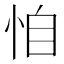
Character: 𢙆